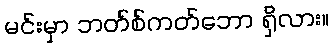
မင်းမှာ ဘတ်စ်ကတ်ဘော ရှိလား။